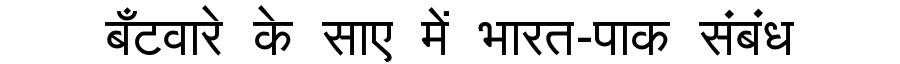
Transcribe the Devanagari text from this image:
बँटवारे के साए में भारत-पाक संबंध